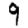
Digit: 9